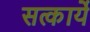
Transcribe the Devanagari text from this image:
सत्कार्ये